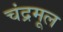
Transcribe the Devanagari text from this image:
चंद्रमूल